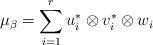
LaTeX: \begin{align*}\mu_\beta=\sum_{i=1}^r u^*_i \otimes v^*_i\otimes w_i\end{align*}